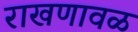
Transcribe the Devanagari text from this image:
राखणावळ